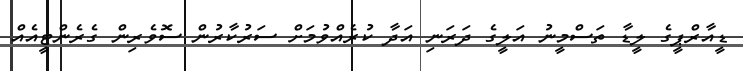
ޑީއާރްޕީގެ ލީޑާ ތަސްމީނު އަލީގެ ދަރަނި އަދާ ކުރެއްވުމަށް ސަރުކާރުން ސޮވެރިން ގެރެންޓީއެއް